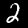
Digit: 2